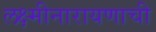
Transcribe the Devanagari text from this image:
लक्ष्मीनारायणाची